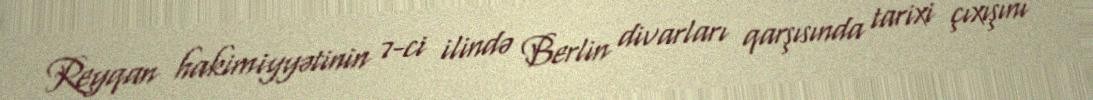
Reyqan hakimiyyətinin 7-ci ilində Berlin divarları qarşısında tarixi çıxışını